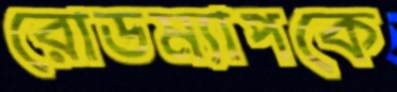
রোডম্যাপকে